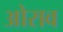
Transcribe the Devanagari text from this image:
ओराव